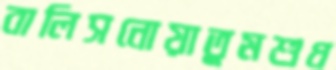
বালিসনোয়াতুমশুধ